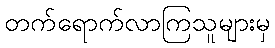
တက်ရောက်လာကြသူများမှ